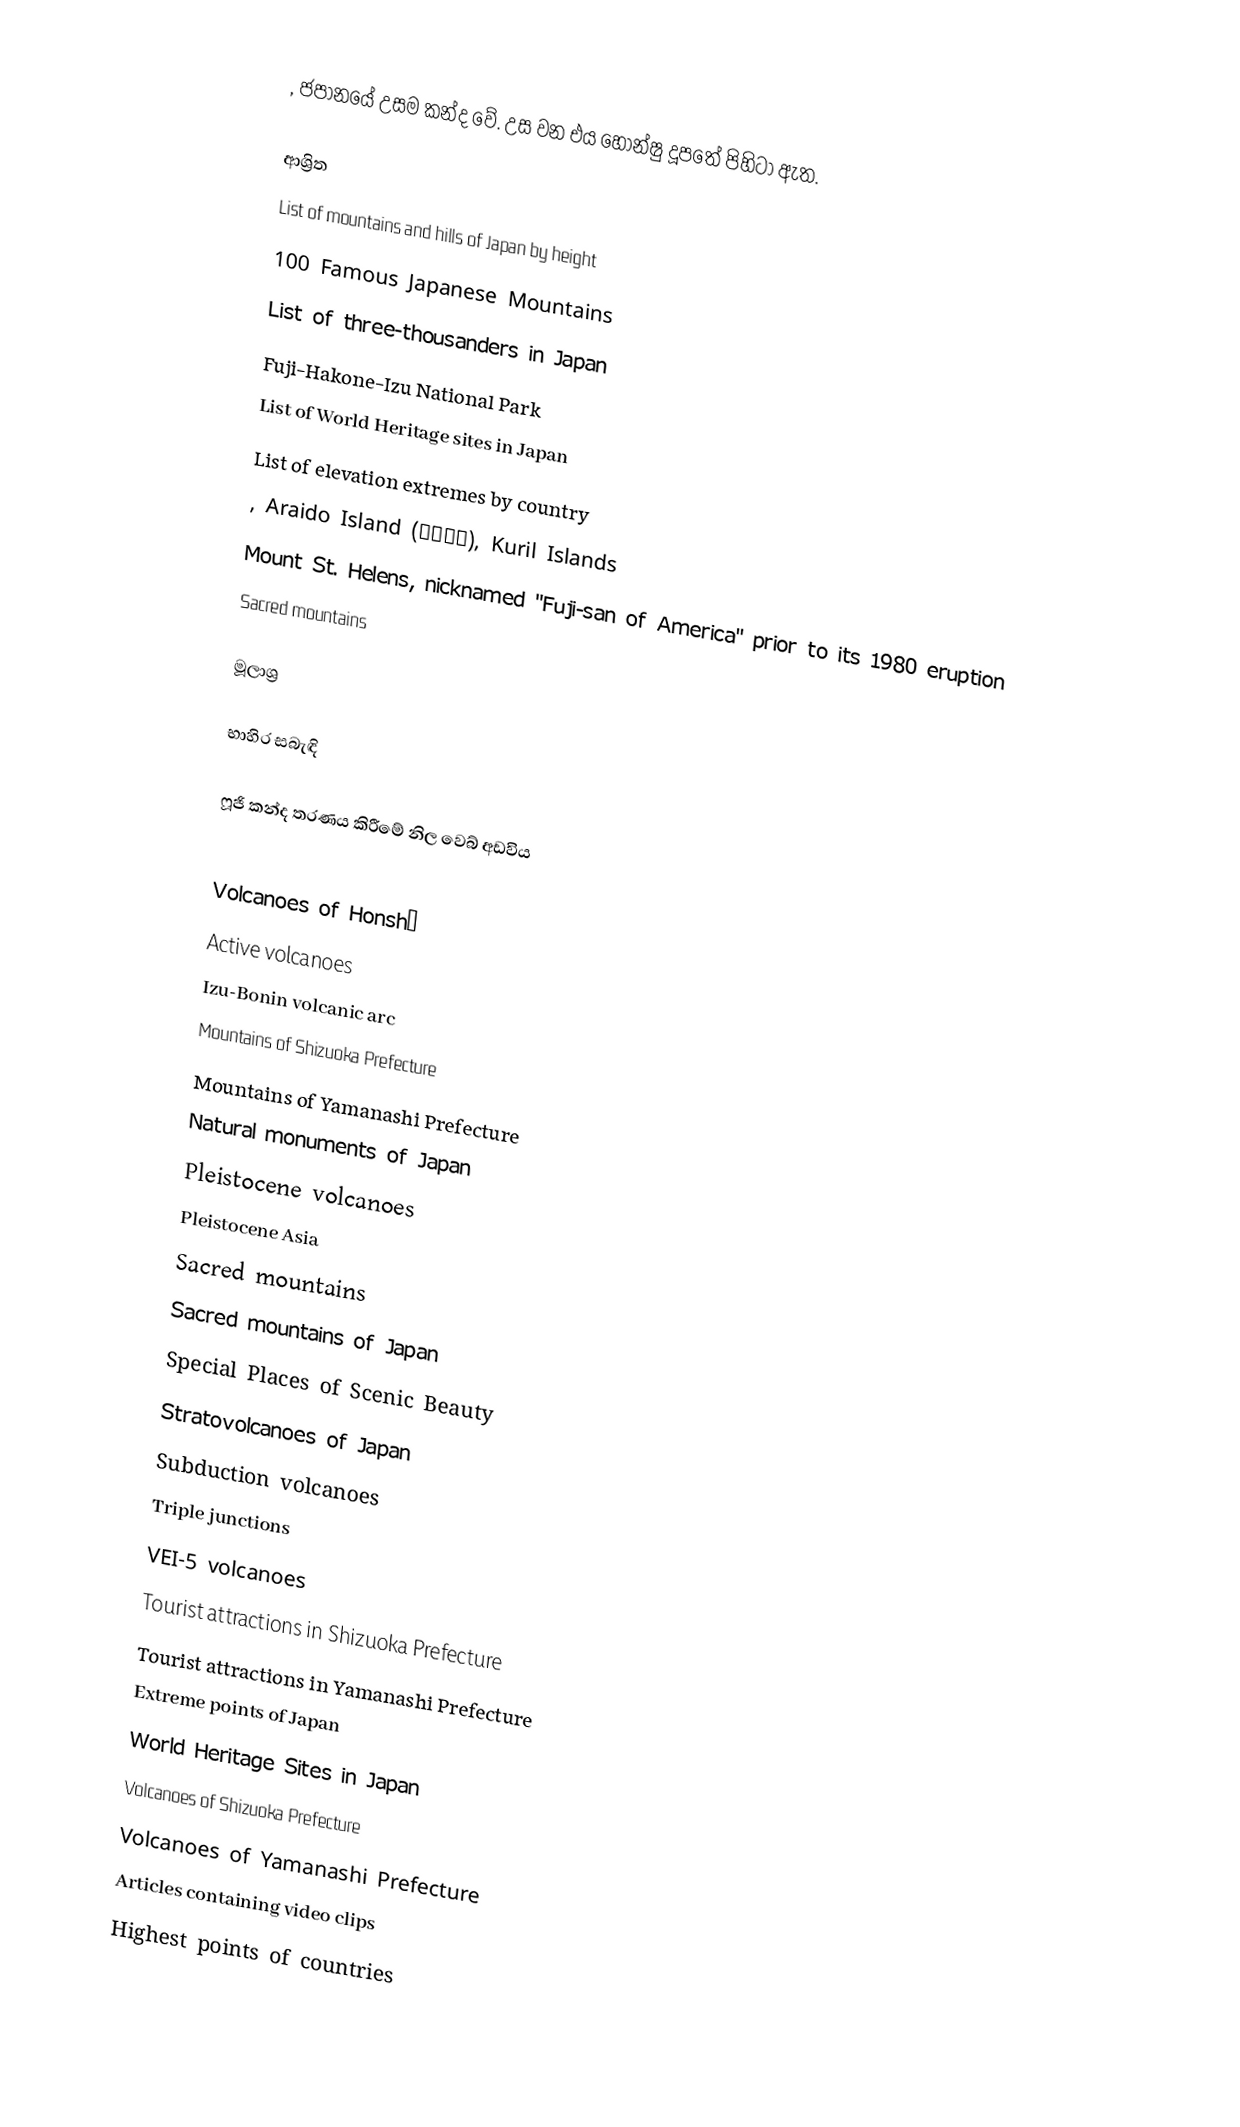
, ජපානයේ උසම කන්ද වේ.  උස වන එය හොන්ෂු දූපතේ පිහිටා ඇත.

ආශ්‍රිත
 List of mountains and hills of Japan by height
 100 Famous Japanese Mountains
 List of three-thousanders in Japan
 Fuji-Hakone-Izu National Park
 List of World Heritage sites in Japan
 List of elevation extremes by country
 , Araido Island (阿頼度島), Kuril Islands
 Mount St. Helens, nicknamed "Fuji-san of America" prior to its 1980 eruption
 Sacred mountains

මූලාශ්‍ර

භාහිර සබැඳි

 ෆූජි කන්ද තරණය කිරීමේ නිල වෙබ් අඩවිය

Volcanoes of Honshū
Active volcanoes
Izu-Bonin volcanic arc
Mountains of Shizuoka Prefecture
Mountains of Yamanashi Prefecture
Natural monuments of Japan
Pleistocene volcanoes
Pleistocene Asia
Sacred mountains
Sacred mountains of Japan
Special Places of Scenic Beauty
Stratovolcanoes of Japan
Subduction volcanoes
Triple junctions
VEI-5 volcanoes
Tourist attractions in Shizuoka Prefecture
Tourist attractions in Yamanashi Prefecture
Extreme points of Japan
World Heritage Sites in Japan
Volcanoes of Shizuoka Prefecture
Volcanoes of Yamanashi Prefecture
Articles containing video clips
Highest points of countries